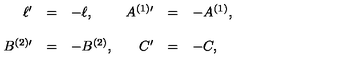
\begin{array} { r c l r c l } { \ell ^ { \prime } } & { = } & { - \ell , } & { A ^ { ( 1 ) \prime } } & { = } & { - A ^ { ( 1 ) } , } \\ { } & { } & { } & { } & { } & { } \\ { B ^ { ( 2 ) \prime } } & { = } & { - B ^ { ( 2 ) } , } & { C ^ { \prime } } & { = } & { - C , } \\ \end{array}